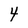
Character: 4